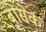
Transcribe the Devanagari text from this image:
बोंसेक